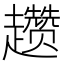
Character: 趱